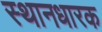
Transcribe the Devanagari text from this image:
स्थानधारक